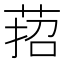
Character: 萔